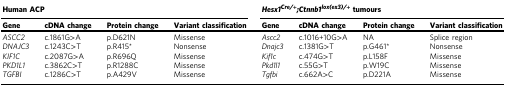
<table><thead><tr><td colspan="4"><b>Human ACP</b></td><td colspan="4"><b><i>Hesx1</i><sup><i>Cre/+</i></sup><i>;</i><i>Ctnnb1</i><sup><i>lox(ex3)/+</i></sup> tumours</b></td></tr><tr><td><b>Gene</b></td><td><b>cDNA change</b></td><td><b>Protein change</b></td><td><b>Variant classification</b></td><td><b>Gene</b></td><td><b>cDNA change</b></td><td><b>Protein change</b></td><td><b>Variant classification</b></td></tr></thead><tbody><tr><td><i>ASCC2</i></td><td>c.1861G&gt;A</td><td>p.D621N</td><td>Missense</td><td><i>Ascc2</i></td><td>c.1016+10G&gt;A</td><td>NA</td><td>Splice region</td></tr><tr><td><i>DNAJC3</i></td><td>c.1243C&gt;T</td><td>p.R415*</td><td>Nonsense</td><td><i>Dnajc3</i></td><td>c.1381G&gt;T</td><td>p.G461*</td><td>Nonsense</td></tr><tr><td><i>KIF1C</i></td><td>c.2087G&gt;A</td><td>p.R696Q</td><td>Missense</td><td><i>Kif1c</i></td><td>c.474G&gt;T</td><td>p.L158F</td><td>Missense</td></tr><tr><td><i>PKD1L1</i></td><td>c.3862C&gt;T</td><td>p.R1288C</td><td>Missense</td><td><i>Pkd1l1</i></td><td>c.55G&gt;T</td><td>p.W19C</td><td>Missense</td></tr><tr><td><i>TGFBI</i></td><td>c.1286C&gt;T</td><td>p.A429V</td><td>Missense</td><td><i>Tgfbi</i></td><td>c.662A&gt;C</td><td>p.D221A</td><td>Missense</td></tr></tbody></table>